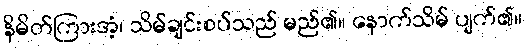
နိမိတ်ကြားအံ့၊ သိမ်ချင်းစပ်သည် မည်၏။ နောက်သိမ် ပျက်၏။